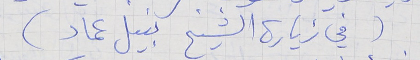
(في زيارة الشيخ نبيل عماد)